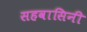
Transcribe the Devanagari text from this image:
सहवासिनी